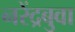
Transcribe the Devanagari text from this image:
नरेंद्रबुवा